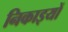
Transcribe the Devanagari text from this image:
निकाइयों